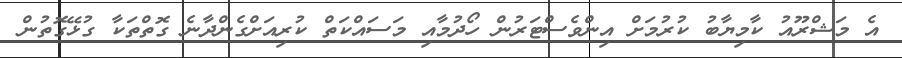
އެ މަޝްރޫއު ކާމިޔާބު ކުރުމަށް އިންވެސްޓަރުން ހޯދުމާއި މަސައްކަތް ކުރިއަށްގެންދާނެ ގޮތްތަކާ ގުޅޭގޮތުން